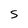
Character: S